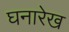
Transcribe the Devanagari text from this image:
घनारेख